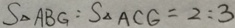
S _ { \Delta } A B G : S _ { \Delta } A C G = 2 : 3